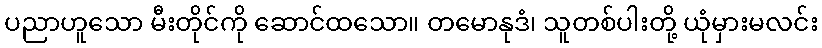
ပညာဟူသော မီးတိုင်ကို ဆောင်ထသော။ တမောနုဒံ၊ သူတစ်ပါးတို့ ယုံမှားမလင်း